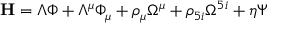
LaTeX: \mathrm { \bf { H } } = \Lambda { \Phi } + \Lambda ^ { \mu } { \Phi } _ { \mu } + \rho _ { \mu } \Omega ^ { \mu } + \rho _ { 5 i } \Omega ^ { 5 i } + \eta \Psi